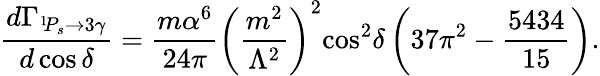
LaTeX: \frac{d\Gamma_{^1\! P_{s}\to 3\gamma}}{d\cos\delta}=\frac{m\alpha^{6}}{24\pi}\left(\frac{m^{2}}{\Lambda^{2}}\right)^{2}\! \cos^{2}\! \delta\left(37\pi^{2}-\frac{5434}{15}\right).